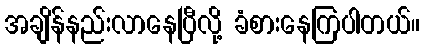
အချိန်နည်းလာနေပြီလို့ ခံစားနေကြပါတယ်။